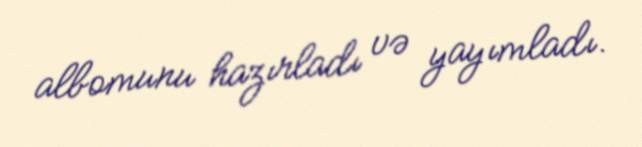
albomunu hazırladı və yayımladı.